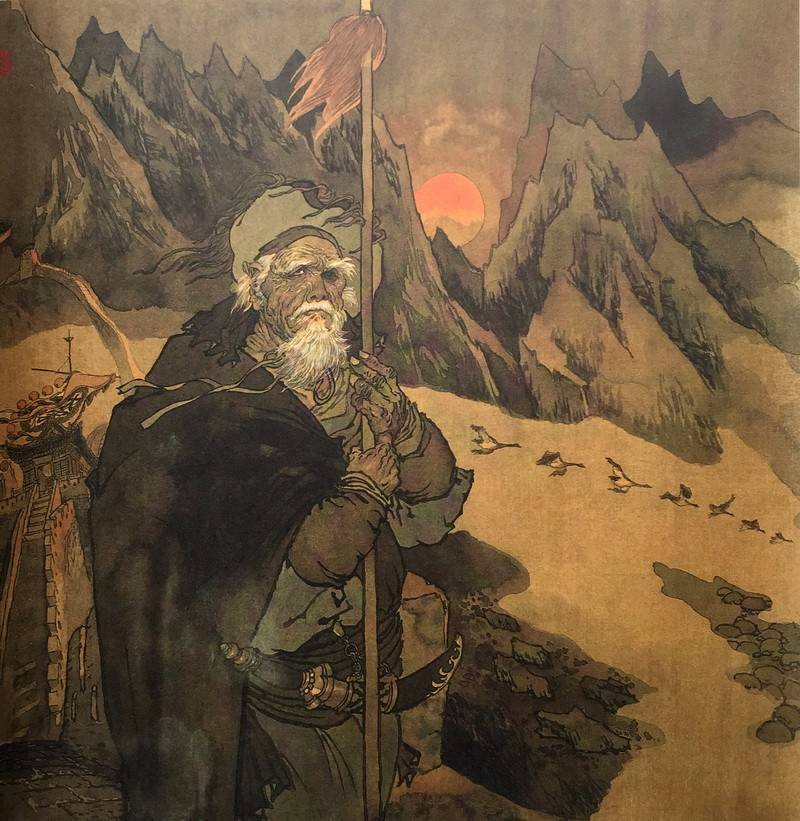
暮雨忽来鸿雁杳，莽关山一派秋声里。